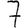
Digit: 7